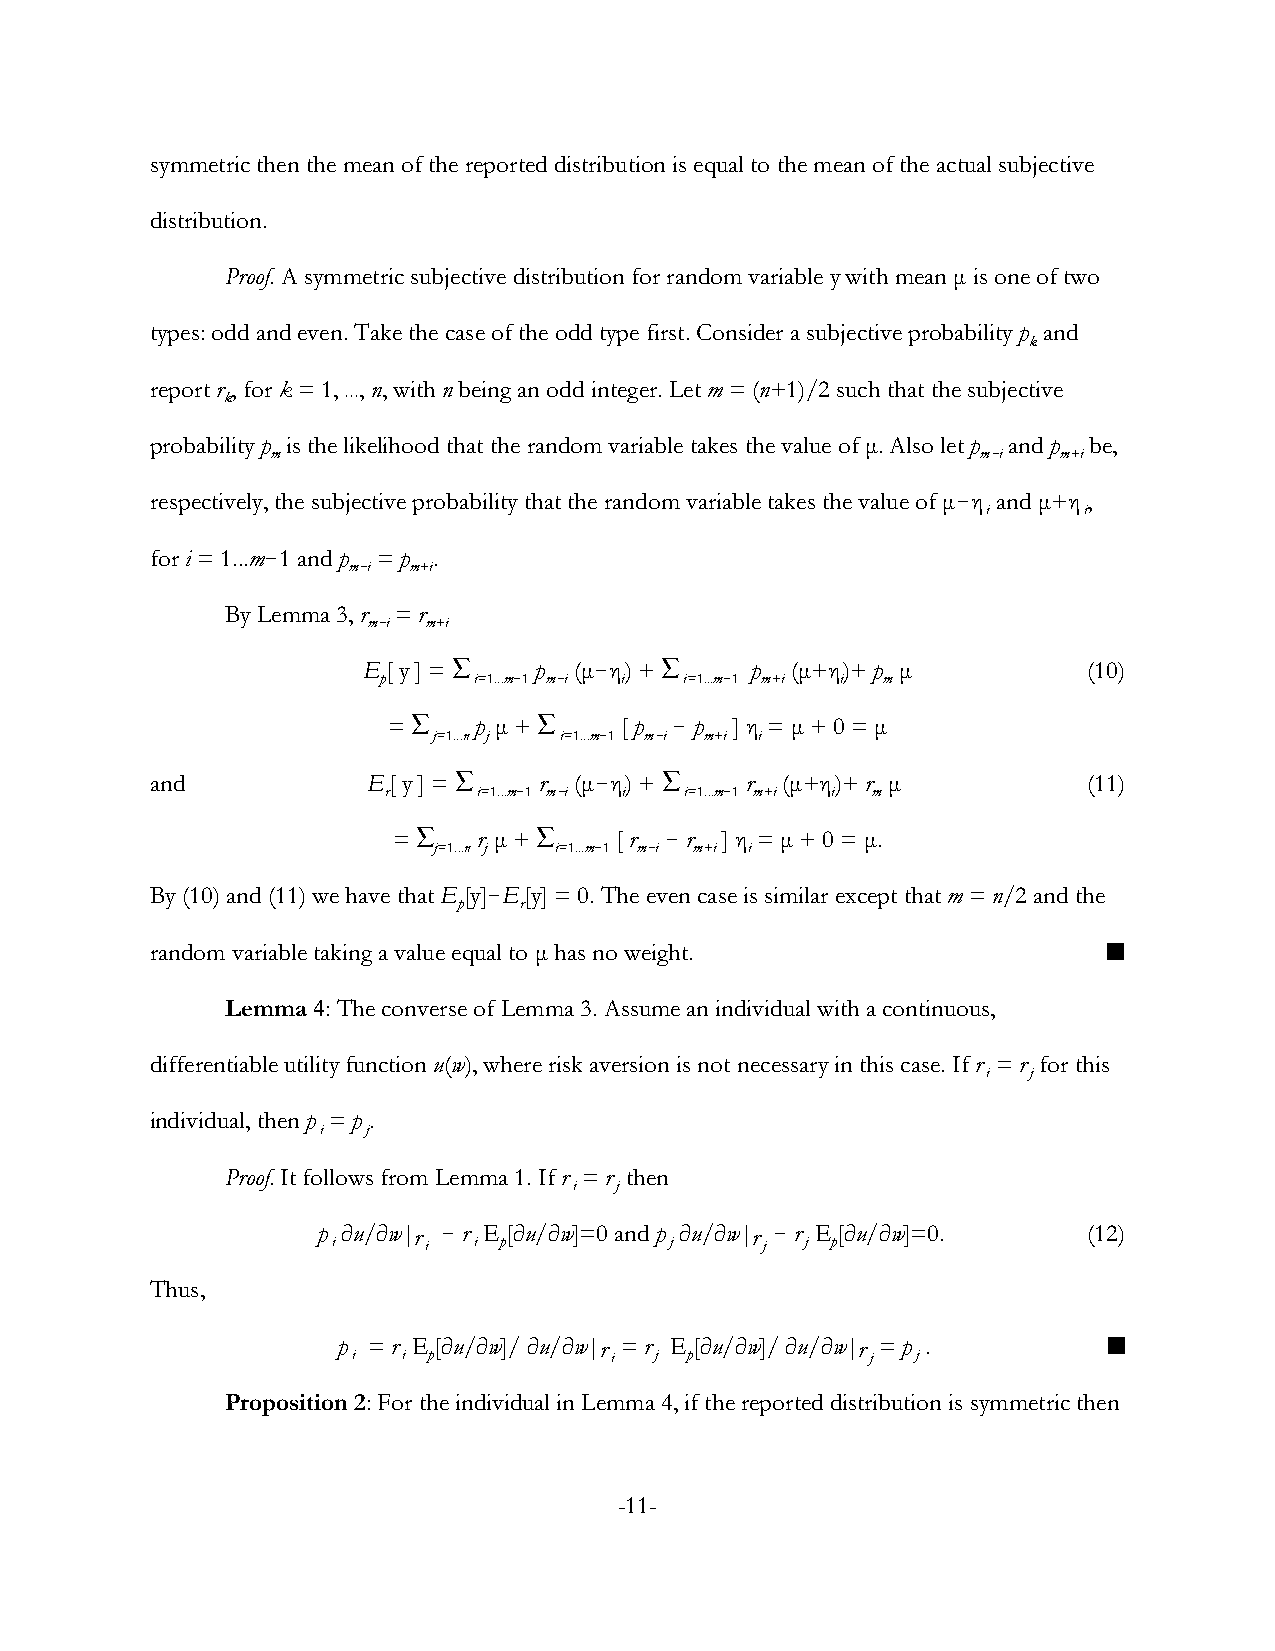
symmetric then the mean of the reported distribution is equal to the mean of the actual subjective
 distribution.
 Proof. A symmetric subjective distribution for random variable у with mean μ is one of two
 types: odd and even. Take the case of the odd type first. Consider a subjective probability p and
 k
 report r , for k = 1, ÿ, n, with n being an odd integer. Let m = (n+1)/2 such that the subjective
 k
 probability p is the likelihood that the random variable takes the value of μ. Also let p and p be,
 m                                              m!i  m+i
 respectively, the subjective probability that the random variable takes the value of μ!η and μ+η ,
 i      i
 for i = 1...m!1 and p = p .
 m!i m+i
 By Lemma 3, r = r
 m!i m+i
 E[ у ] = ' p  (μ!η) + '   p (μ+η)+ p μ          (10)
 p     i=1...m!1 m!i i i=1...m!1 m+i i m
 = '  p μ + '   [ p ! p ] η = μ + 0 = μ
 j=1...n j i=1...m!1 m!i m+i i
 and           E[ у ] = '  r (μ!η) + '  r  (μ+η)+ r μ          (11)
 r      i=1...m!1 m!i i i=1...m!1 m+i i m
 = '   r μ + '  [ r ! r ] η = μ + 0 = μ.
 j=1...n j i=1...m!1 m!i m+i i
 By (10) and (11) we have that E[у]!E[у] = 0. The even case is similar except that m = n/2 and the
 p   r
 random variable taking a value equal to μ has no weight.       
 Lemma 4: The converse of Lemma 3. Assume an individual with a continuous,
 differentiable utility function u(w), where risk aversion is not necessary in this case. If r = r for this
 i  j
 individual, then p = p .
 i  j
 Proof. It follows from Lemma 1. If r = r then
 i  j
 p Mu/Mw|r ! r E[Mu/Mw]=0 and p Mu/Mw|r ! r E[Mu/Mw]=0. (12)
 i     i  i p          j      j j p
 Thus,
 p = r E[Mu/Mw]/ Mu/Mw|r = r E[Mu/Mw]/ Mu/Mw|r = p . 
 i   i p          i  j p            j  j
 Proposition 2: For the individual in Lemma 4, if the reported distribution is symmetric then
 -11-